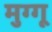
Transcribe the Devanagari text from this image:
मुग्गू